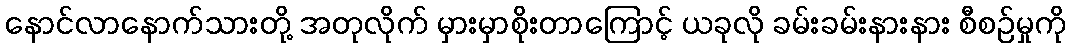
နောင်လာနောက်သားတို့ အတုလိုက် မှားမှာစိုးတာကြောင့် ယခုလို ခမ်းခမ်းနားနား စီစဉ်မှုကို